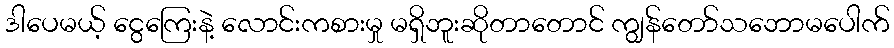
ဒါပေမယ့် ငွေကြေးနဲ့ လောင်းကစားမှု မရှိဘူးဆိုတာတောင် ကျွန်တော်သဘောမပေါက်